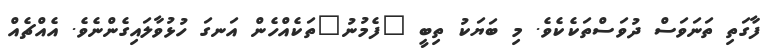
ފާގަތި ތަނަވަސް ދުވަސްތަކެކެވެ. މި ބަޔަކު ތިބީ "ފެމުނު"ތަކެއްހެން އަނގަ ހުޅުވާލައިގެންނެވެ. އެއްޗެއް